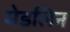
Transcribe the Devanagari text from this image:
मेडलिन